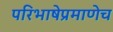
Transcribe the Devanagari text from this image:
परिभाषेप्रमाणेच